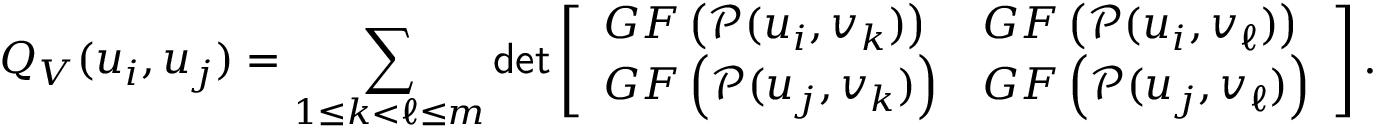
Q _ { V } ( u _ { i } , u _ { j } ) = \sum _ { 1 \leq k < \ell \leq m } \mathsf { d e t } \left[ \begin{array} { l l } { G F \left( \mathscr { P } ( u _ { i } , v _ { k } ) \right) } & { G F \left( \mathscr { P } ( u _ { i } , v _ { \ell } ) \right) } \\ { G F \left( \mathscr { P } ( u _ { j } , v _ { k } ) \right) } & { G F \left( \mathscr { P } ( u _ { j } , v _ { \ell } ) \right) } \end{array} \right] .